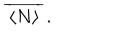
LaTeX: \: \overline { { { \, \langle N \rangle \, } } } \, . \: